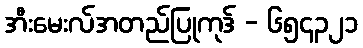
အီးမေးလ်အတည်ပြုကုဒ် - ၆၅၄၃၂၁